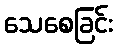
သေစေခြင်း